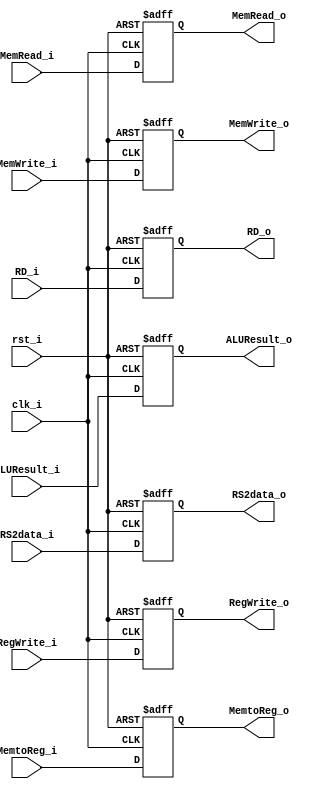
module EX2MEM_Register
(
    input               clk_i,
    input               rst_i,
    input               RegWrite_i,
    input               MemtoReg_i,
    input               MemRead_i,
    input               MemWrite_i,
    input [31:0]        ALUResult_i,
    input [31:0]        RS2data_i,
    input  [4:0]        RD_i,

    output              RegWrite_o,
    output              MemtoReg_o,
    output              MemRead_o,
    output              MemWrite_o,
    output [31:0]       ALUResult_o,
    output [31:0]       RS2data_o,
    output  [4:0]       RD_o
);

// Register File
reg                 RegWrite = 1'b0;
reg                 MemtoReg = 1'b0;
reg                 MemRead = 1'b0;
reg                 MemWrite = 1'b0;
reg    [31:0]       ALUResult = 32'b0;
reg    [31:0]       RS2data = 32'b0;
reg     [4:0]       RD = 5'b0;

// Read Data
assign  RegWrite_o = RegWrite;
assign  MemtoReg_o = MemtoReg;
assign   MemRead_o = MemRead;
assign  MemWrite_o = MemWrite;
assign ALUResult_o = ALUResult;
assign   RS2data_o = RS2data;
assign        RD_o = RD;

always@(posedge clk_i or negedge rst_i) begin
    if (~rst_i) begin
        RegWrite <= 1'b0;
        MemtoReg <= 1'b0;
        MemRead <= 1'b0;
        MemWrite <= 1'b0;
        ALUResult <= 32'b0;
        RS2data <= 32'b0;
        RD <= 5'b0;
    end
    else begin
        RegWrite <= RegWrite_i;
        MemtoReg <= MemtoReg_i;
        MemRead <= MemRead_i;
        MemWrite <= MemWrite_i;
        ALUResult <= ALUResult_i;
        RS2data <= RS2data_i;
        RD <= RD_i;
    end
end

endmodule